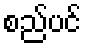
စည်ပင်